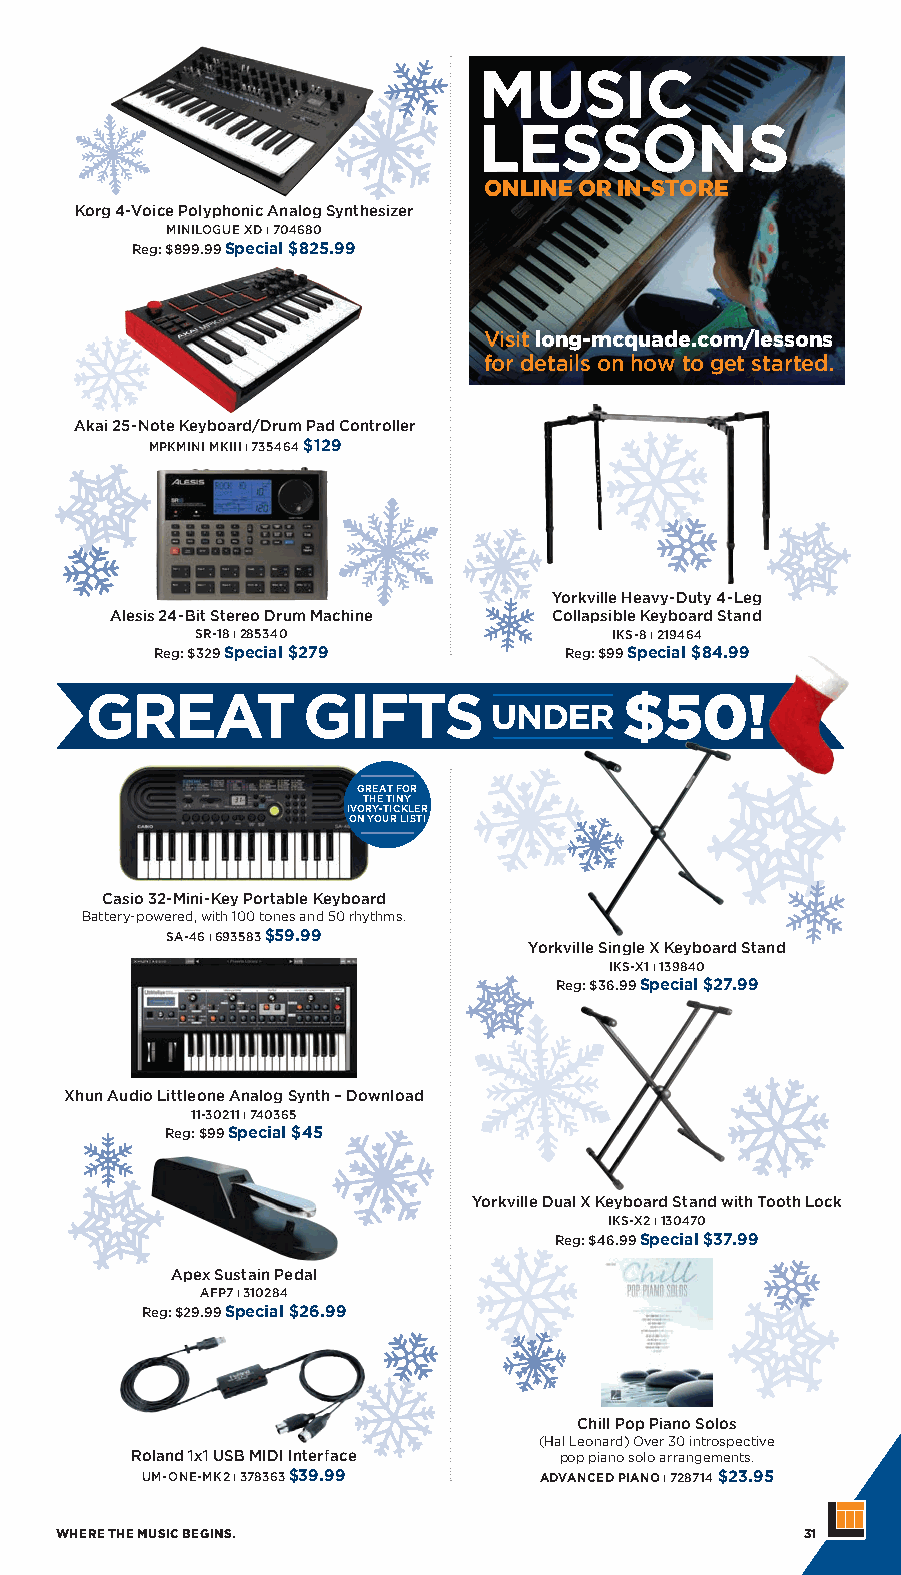
MUSIC
 LESSONS
 ONLINE OR IN-STORE
 Korg 4-Voice Polyphonic Analog Synthesizer
 MINILOGUE XD ı 704680
 Reg: $899.99 Special $825.99
 Visit long-mcquade.com/lessons
 for details on how to get started.
 Akai 25-Note Keyboard/Drum Pad Controller
 MPKMINI MKIII ı 735464 $129
 Yorkville Heavy-Duty 4-Leg
 Alesis 24-Bit Stereo Drum Machine Collapsible Keyboard Stand
 SR-18 ı 285340             IKS-8 ı 219464
 Reg: $329 Special $279     Reg: $99 Special $84.99
 GREAT FOR
 THE TINY
 IVORY-TICKLER
 ON YOUR LIST!
 Casio 32-Mini-Key Portable Keyboard
 Battery-powered, with 100 tones and 50 rhythms.
 SA-46 ı 693583 $59.99
 Yorkville Single X Keyboard Stand
 IKS-X1 ı 139840
 Reg: $36.99 Special $27.99
 Xhun Audio Littleone Analog Synth – Download
 11-30211 ı 740365
 Reg: $99 Special $45
 Yorkville Dual X Keyboard Stand with Tooth Lock
 IKS-X2 ı 130470
 Reg: $46.99 Special $37.99
 Apex Sustain Pedal
 AFP7 ı 310284
 Reg: $29.99 Special $26.99
 Chill Pop Piano Solos
 (Hal Leonard) Over 30 introspective
 Roland 1x1 USB MIDI Interface pop piano solo arrangements.
 UM-ONE-MK2 ı 378363 $39.99 ADVANCED PIANO ı 728714 $23.95
 WHERE THE MUSIC BEGINS.                          31